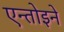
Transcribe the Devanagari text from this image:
एन्तोइने